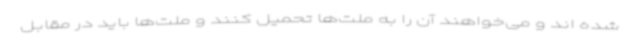
شده اند و می‌خواهند آن را به ملت‌ها تحمیل کنند و ملت‌ها باید در مقابل